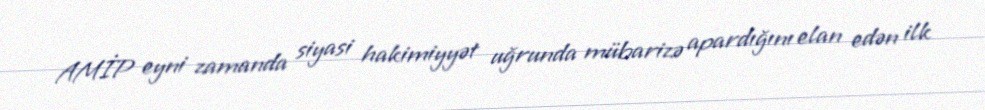
AMİP eyni zamanda siyasi hakimiyyət uğrunda mübarizə apardığını elan edən ilk